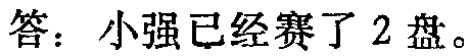
答：小强已经赛了 2 盘。